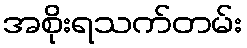
အစိုးရသက်တမ်း